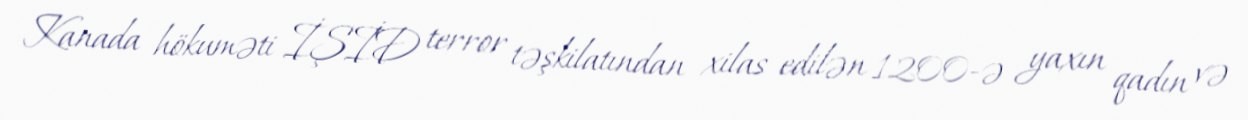
Kanada hökuməti İŞİD terror təşkilatından xilas edilən 1200-ə yaxın qadın və